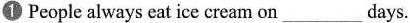
①People always eat ice cream on___days.